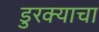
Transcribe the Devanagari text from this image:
डुरक्याचा